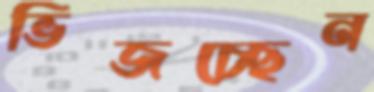
ভিজচ্ছেন